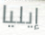
إيليا